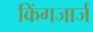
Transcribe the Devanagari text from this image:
किंगजार्ज